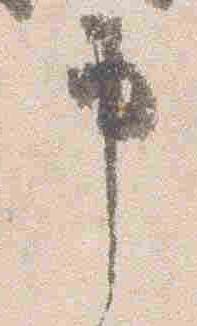
申